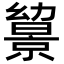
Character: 𢇔